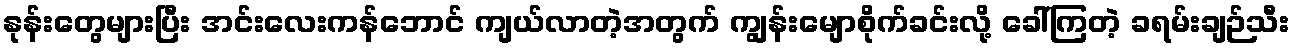
နုန်းတွေများပြီး အင်းလေးကန်ဘောင် ကျယ်လာတဲ့အတွက် ကျွန်းမျောစိုက်ခင်းလို့ ခေါ်ကြတဲ့ ခရမ်းချဉ်သီး